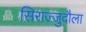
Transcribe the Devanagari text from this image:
सिराज्जुदौला